Report on horse surra - Volume II, Part I
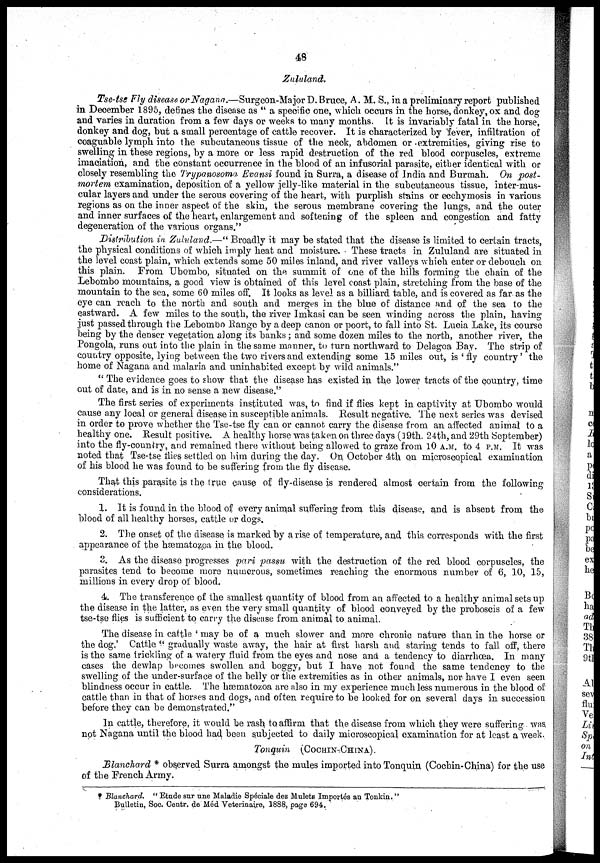
48
Zululand.
Tse-tse Fly disease or Nagana.—Surgeon-Major D. Bruce, A. M. S., in a preliminary report published
in December 1895, defines the disease as " a specific one, which occurs in the horse, donkey, ox and dog
and varies in duration from a few days or weeks to many months. It is invariably fatal in the horse,
donkey and dog, but a small percentage of cattle recover. It is characterized by fever, infiltration of
coaguable lymph into the subcutaneous tissue of the neck, abdomen or extremities, giving rise to
swelling in these regions, by a more or less rapid destruction of the red blood corpuscles, extreme
imaciation, and the constant occurrence in the blood of an infusorial parasite, either identical with or
closely resembling the Trypanosoma. Evansi found in Surra, a disease of India and Burmah. On post-
mortem examination, deposition of a yellow jelly-like material in the subcutaneous tissue, inter-mus-
cular layers and under the serous covering of the heart, with purplish stains or ecchymosis in various
regions as on the inner aspect of the skin, the serous membrane covering the lungs, and the outer
and inner surfaces of the heart, enlargement and softening of the spleen and congestion and fatty
degeneration of the various organs."
Distribution in Zululand.—" Broadly it may be stated that the disease is limited to certain tracts,
the physical conditions of which imply heat and moisture. These tracts in Zululand are situated in
the level coast plain, which extends some 50 miles inland, and river valleys which enter or debouch on
this plain. From Ubombo, situated on the summit of one of the hills forming the chain of the
Lebombo mountains, a good view is obtained of this level coast plain, stretching from the base of the
mountain to the sea, some 60 miles off. It looks as level as a billiard table, and is covered as far as the
eye can reach to the north and south and merges in the blue of distance and of the sea to the
eastward. A few miles to the south, the river Imkasi can be seen winding across the plain, having
just passed through the Lebombo Range by a deep canon or poort, to fall into St. Lucia Lake, its course
being by the denser vegetation along its banks ; and some dozen miles to the north, another river, the
Pongola, runs out into the plain in the same manner, to turn northward to Delagoa Bay. The strip of
country opposite, lying between the two rivers and extending some 15 miles out, is 'fly country' the
home of Nagana and malaria and uninhabited except by wild animals."
" The evidence goes to show that the disease has existed in the lower tracts of the country, time
out of date, and is in no sense a new disease."
The first series of experiments instituted was, to find if flies kept in captivity at Ubombo would
cause any local or general disease in susceptible animals. Result negative. The next series was devised
in order to prove whether the Tse-tse fly can or cannot carry the disease from an affected animal to a
healthy one. Result positive. A healthy horse was taken on three days (19th. 24th, and 29th September)
into the fly-country, and remained there without being allowed to graze from 10 A.M. to 4 P.M. It was
noted that Tse-tse flies settled on him during the day. On October 4th on microscopical examination
of his blood he was found to be suffering from the fly disease.
That this parasite is the true cause of fly-disease is rendered almost certain from the following
considerations.
1. It is found in the blood of every animal suffering from this disease, and is absent from the
blood of all healthy horses, cattle or dogs.
2. The onset of the disease is marked by a rise of temperature, and this corresponds with the first
appearance of the hæmatozoa in the blood.
3. As the disease progresses pari passu with the destruction of the red blood corpuscles, the
parasites tend to become more numerous, sometimes reaching the enormous number of 6, 10, 15,
millions in every drop of blood.
4. The transference of the smallest quantity of blood from an affected to a healthy animal sets up
the disease in the latter, as even the very small quantity of blood conveyed by the proboscis of a few
tse-tse flies is sufficient to carry the disease from animal to animal.
The disease in cattle ' may be of a much slower and more chronic nature than in the horse or
the dog.' Cattle " gradually waste away, the hair at first harsh and staring tends to fall off, there
is the same trickling of a watery fluid from the eyes and nose and a tendency to diarrhœa. In many
cases the dewlap becomes swollen and boggy, but I have not found the same tendency to the
swelling of the under-surface of the belly or the extremities as in other animals, nor have I even seen
blindness occur in cattle. The hæmatozoa are also in my experience much less numerous in the blood of
cattle than in that of horses and dogs, and often require to be looked for on several days in succession
before they can be demonstrated."
In cattle, therefore, it would be rash to affirm that the disease from which they were suffering was
not Nagana until the blood had been subjected to daily microscopical examination for at least a week.
Tonquin (COCHIN-CHINA).
Blanchard * observed Surra amongst the mules imported into Tonquin (Cochin-China) for the use
of the French Army.
Blanchard. " Etude sur une Maladie Spéciale des Mulets Importés an Tonkin."
Bulletin, Soc. Centr. de Méd Veterinaire, 1888, page 694.